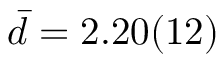
\bar { d } = 2 . 2 0 ( 1 2 )